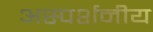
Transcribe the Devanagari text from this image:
अस्पर्शनीय